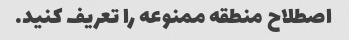
اصطلاح منطقه ممنوعه را تعریف کنید.